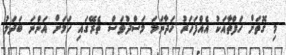
މި ގޮތަށް ހަފްތާއަކު އެއްފަހަރު ހަދާނަމަ މަސްދުވަސް ތެރޭގައި ހަމަށް އަންނަ ބަދަލު